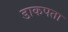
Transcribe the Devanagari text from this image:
डाकपता